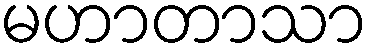
မဟာတာသာ